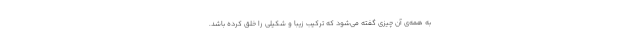
به همه‌ی آن چیزی گفته می‌شود که ترکیب زیبا و شکیلی را خلق کرده باشد.